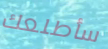
سأطلعك